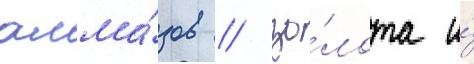
алма́зов / зо́лота и́